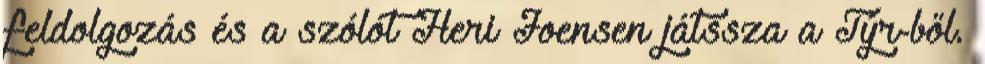
feldolgozás és a szólót Heri Joensen játssza a Týr-ből.